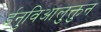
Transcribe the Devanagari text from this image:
ईनुविआलुक्तुन